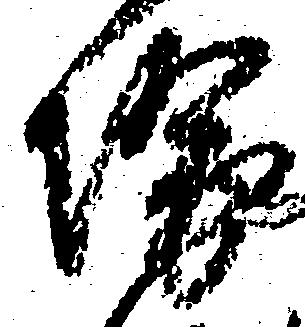
堺